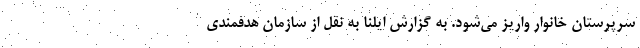
سرپرستان خانوار واریز می‌شود. به گزارش ایلنا به نقل از سازمان هدفمندی